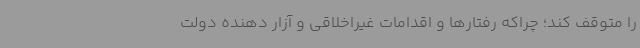
را متوقف کند؛ چراکه رفتارها و اقدامات غیراخلاقی و آزار دهنده دولت